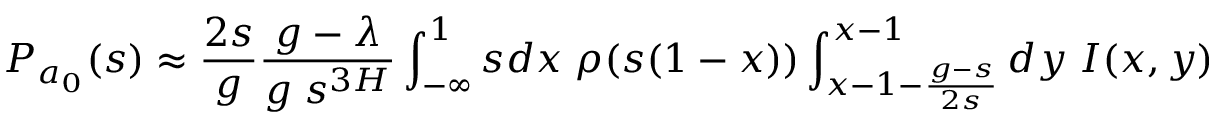
P _ { a _ { 0 } } ( s ) \approx \frac { 2 s } { g } \frac { g - \lambda } { g \; s ^ { 3 H } } \int _ { - \infty } ^ { 1 } s d x \; \rho ( s ( 1 - x ) ) \int _ { x - 1 - \frac { g - s } { 2 s } } ^ { x - 1 } d y \; I ( x , y )